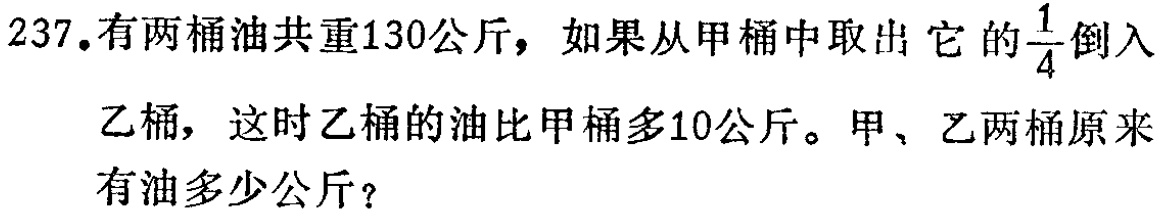
237.有两桶油共重130公斤，如果从甲桶中取出它的$\frac{1}{4}$倒入乙桶，这时乙桶的油比甲桶多10公斤。甲、乙两桶原来有油多少公斤？